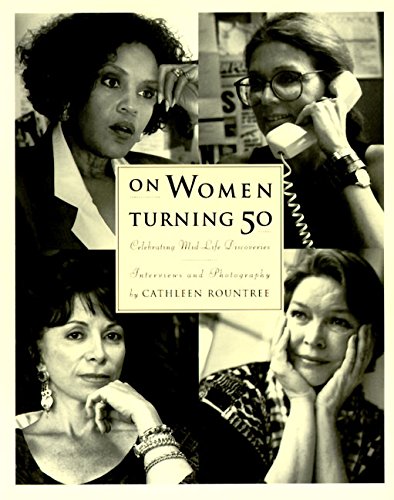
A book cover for On Women Turning Fifty: Celebrating Mid-Life Discoveries; Cathleen Rountree; Self-Help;